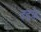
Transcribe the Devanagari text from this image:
दडके